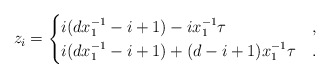
\begin{align*} z_i &= \begin{cases} i (d x_1^{-1}-i+1) - i x_1^{-1} \tau & , \\ i (d x_1^{-1}-i+1) + (d-i+1)x_1^{-1} \tau & . \end{cases}\end{align*}